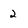
Character: 2